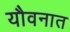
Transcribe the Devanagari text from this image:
यौवनात